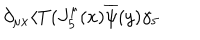
\partial _ { \mu x } \langle T ( J _ { 5 } ^ { \mu } ( x ) \overline { { { \psi } } } ( y ) \gamma _ { 5 }